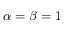
\alpha = \beta = 1